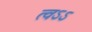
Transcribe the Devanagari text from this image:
त्वऽऽ